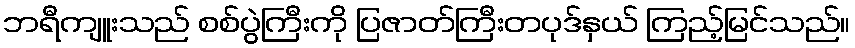
ဘရီကျူးသည် စစ်ပွဲကြီးကို ပြဇာတ်ကြီးတပုဒ်နှယ် ကြည့်မြင်သည်။